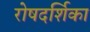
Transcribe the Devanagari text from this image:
रोषदर्शिका